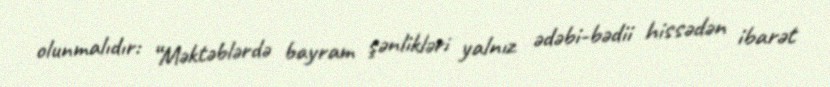
olunmalıdır: “Məktəblərdə bayram şənlikləri yalnız ədəbi-bədii hissədən ibarət